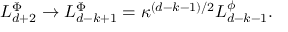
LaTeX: L _ { d + 2 } ^ { \Phi } \rightarrow L _ { d - k + 1 } ^ { \Phi } = \kappa ^ { \left( d - k - 1 \right) / 2 } L _ { d - k - 1 } ^ { \phi } .